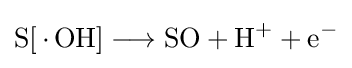
{\mathrm {S} [\,{\cdot }\,\mathrm {OH} ]{}\mathrel {\longrightarrow } {}\mathrm {SO} {}+{}\mathrm {H} {\vphantom {A}}^{+}{}+{}\mathrm {e} {\vphantom {A}}^{-}}